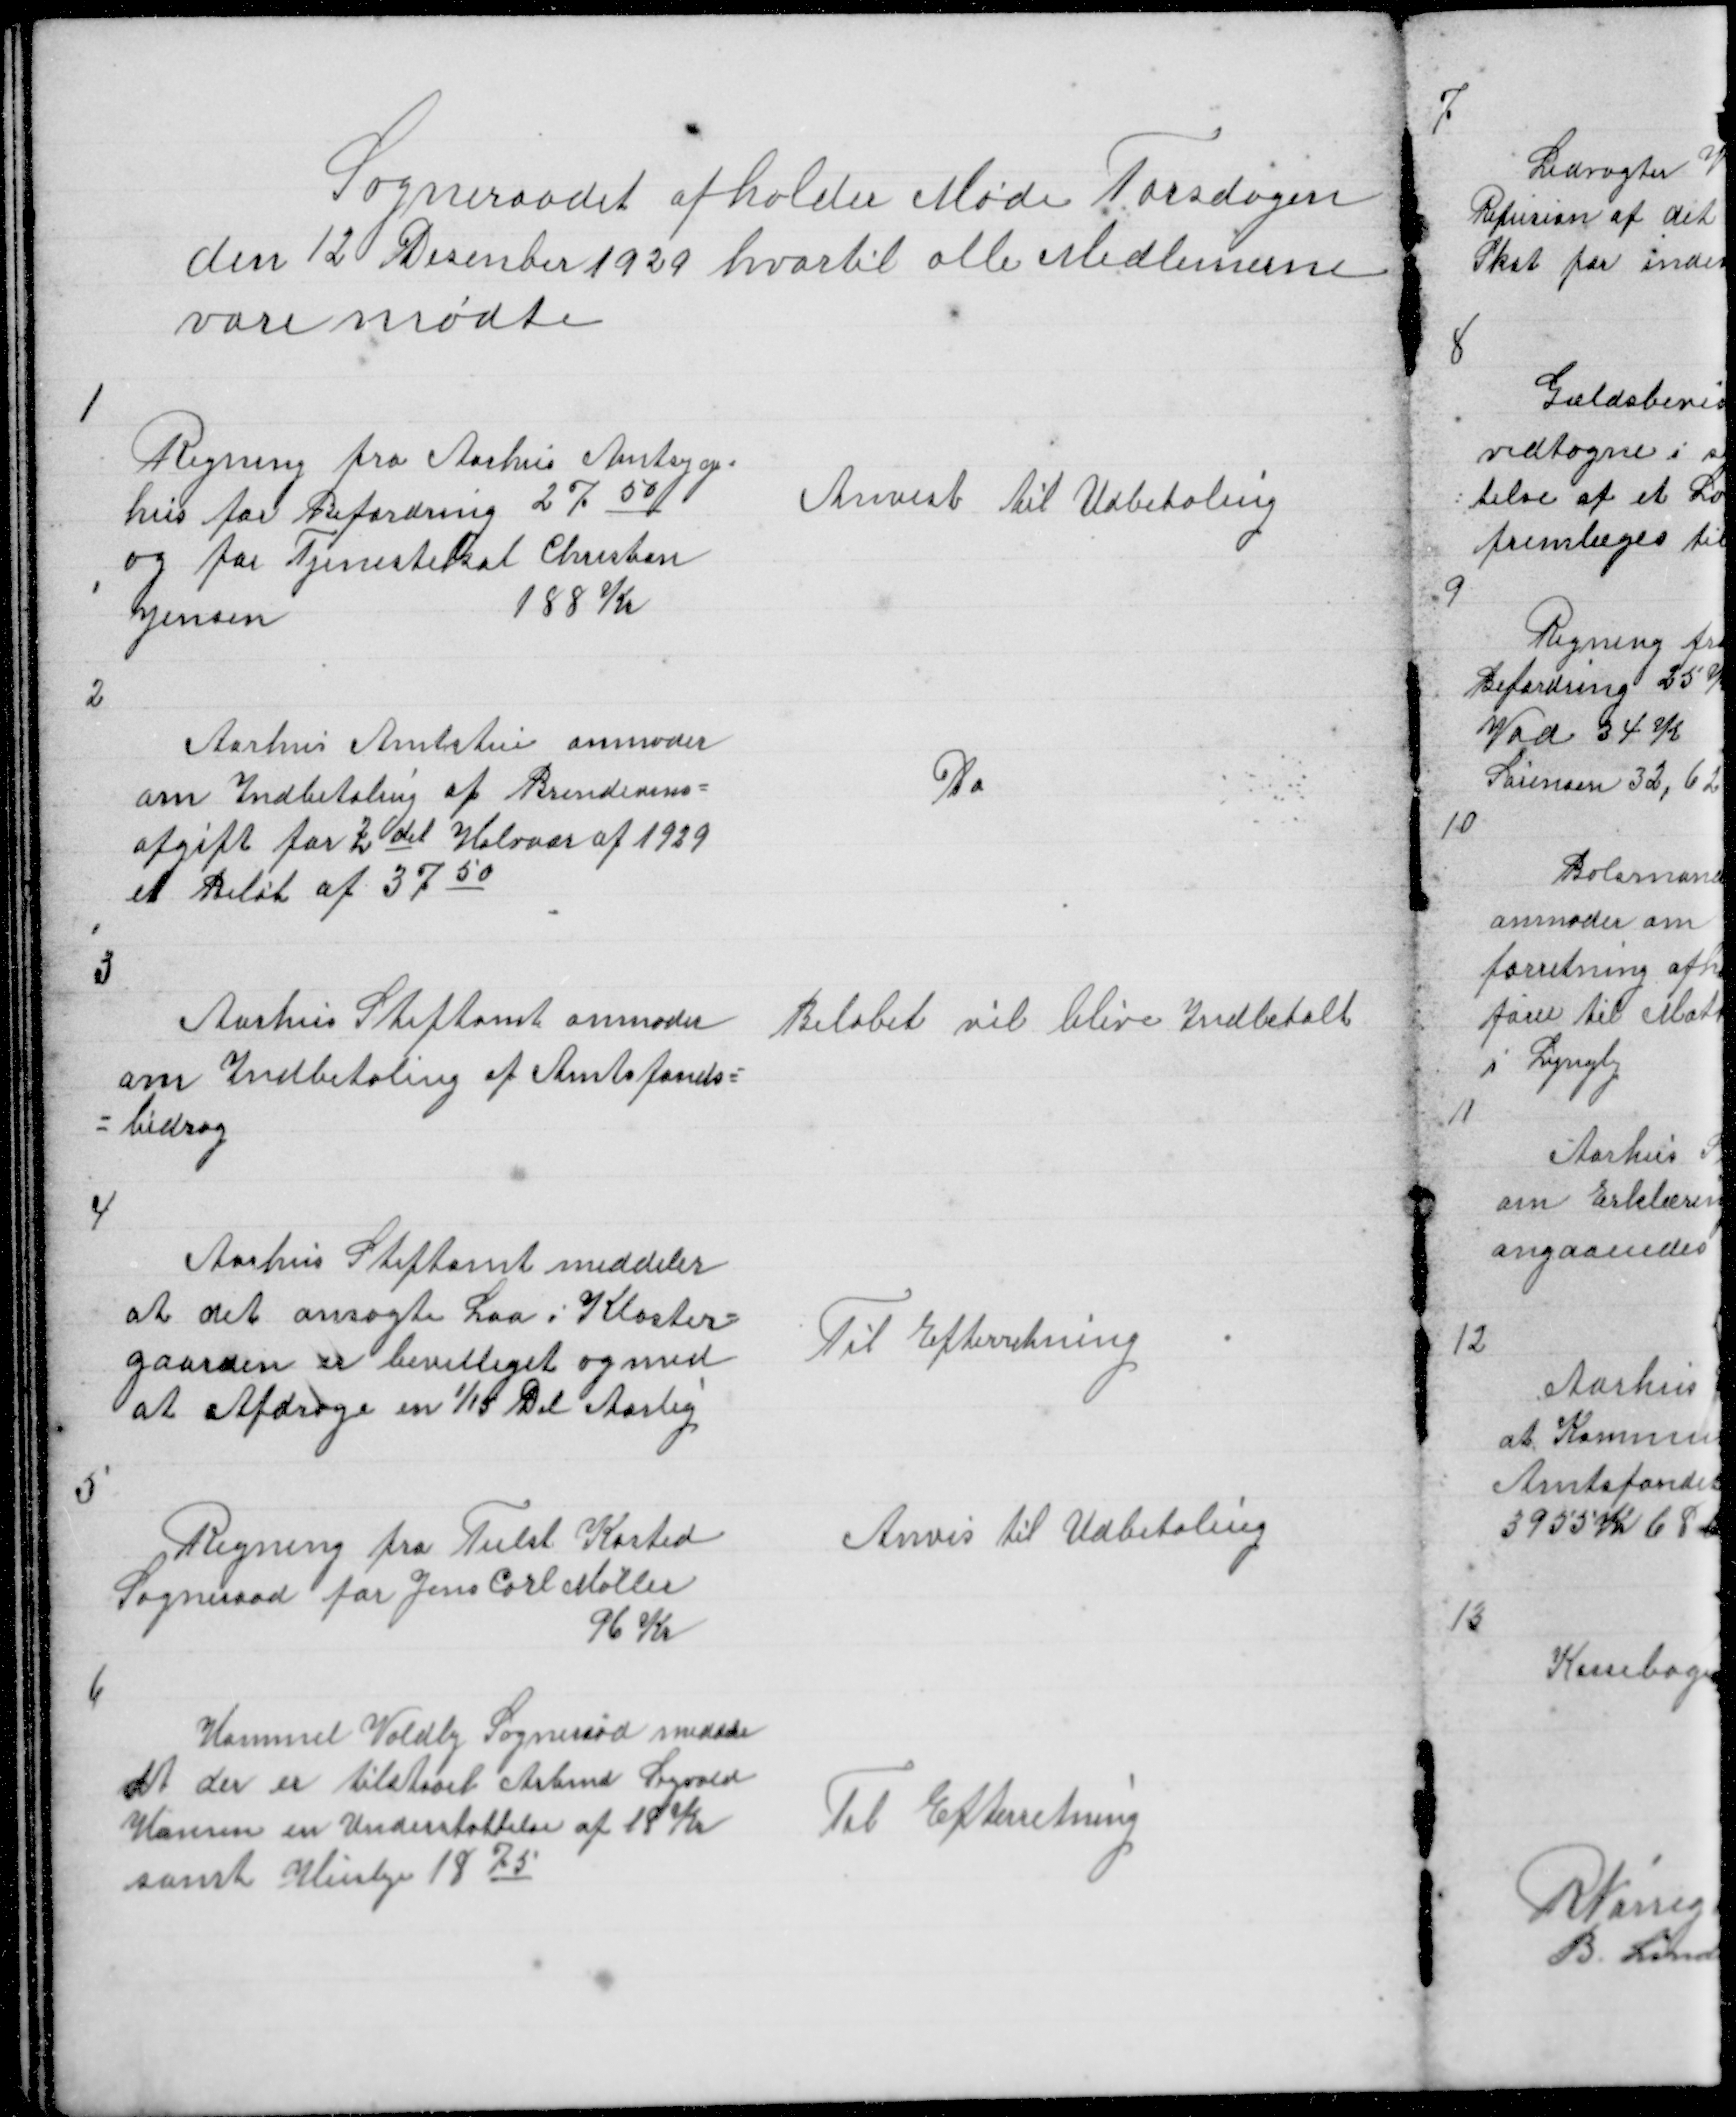
Transskription:
Sogneraadet afholder Møde Torsdagen
den 12 Desenber 1929 hvortil alle Medlemerne
vare mødte

1

Regning fra Aarhus Amtsyge =
hus for Befordring 2750
og for Tjenestekal Chresten
Jensen
188 Kr

Anvist til Udbetaling

2

Aarhus Amtstue anmoder
om Indbetaling af Brendesvins =
afgift for 2det Halvaar af 1929
et Beløb af 3750

Do

3

Aarhus Stiftamt anmoder
om Indbetetaling af Amtsfonds =
= bidrag

Beløbet vil blive Indbetalt

4

Aarhus Stiftamt meddeler
at det ansøgte Laa i Kloster =
gaarden er bevilliget og med
at Afdrage 1/15 Del Aarlig

Til Efterretning

5

Regning fra Tielst Kasted
Sogneraad for Jens Carl Møller
96 Kr

Anvis til Udbetaling

6

Hammel Voldby Sogneraad medde
at der er tilstaaet Arbmd Sigvald
Hansen en Understøttelse af 18 Kr
samt Husleje 1875

Til Efterretning